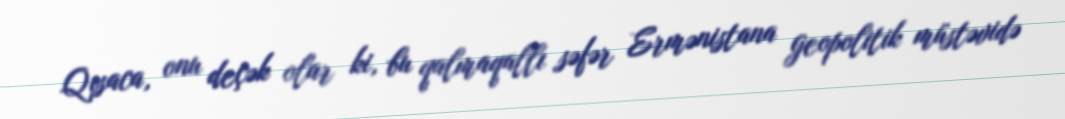
Qısaca, onu deçək olar ki, bu qalmaqallı səfər Ermənistana geopolitik müstəvidə